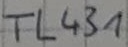
Text: TL431